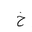
Letter: _kha